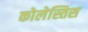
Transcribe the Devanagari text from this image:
कोलेस्तिस